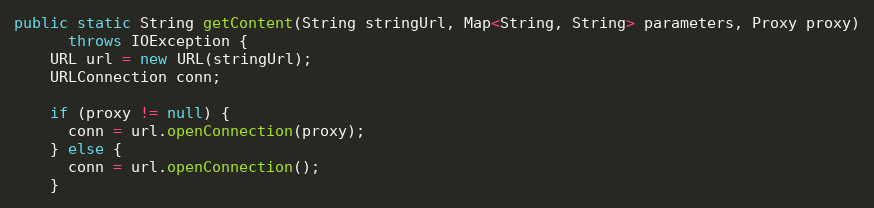
Language: Java
public static String getContent(String stringUrl, Map<String, String> parameters, Proxy proxy)
      throws IOException {
    URL url = new URL(stringUrl);
    URLConnection conn;

    if (proxy != null) {
      conn = url.openConnection(proxy);
    } else {
      conn = url.openConnection();
    }